Civil Veterinary Department Bihar & Orissa reports 1929-36 - 1929-1936
Year: 1929
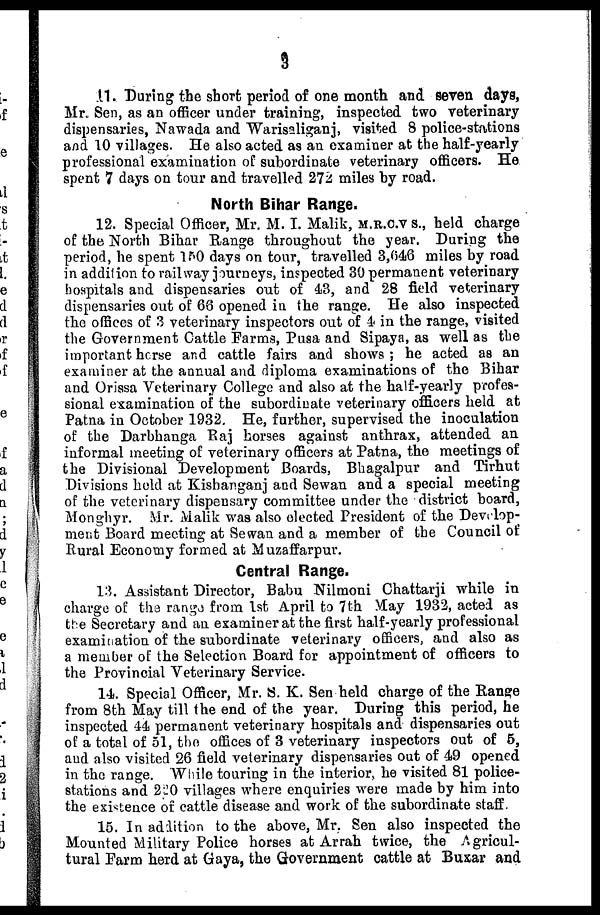
3
11. During the short period of one month, and seven days,
Mr. Sen, as an officer under training, inspected two veterinary-
dispensaries, Nawada and Warisaliganj, visited 8 police-stations
and 10 villages. He also acted as an examiner at the half-yearly
professional examination of subordinate veterinary officers. He
spent 7 days on tour and travelled 272 miles by road.
North Bihar Range.
12. Special Officer, Mr. M. I. Malik, m.r.c.v s., held charge
of the North Bihar Range throughout the year. During the
period, he spent 150 days on tour, travelled 3,646 miles by road
in addition to railway journeys, inspected 30 permanent veterinary
hospitals and dispensaries out of 43, and 28 field veterinary
dispensaries out of 68 opened in the range. He also inspected
the offices of 3 veterinary inspectors out of 4 in the range, visited
the Government Cattle Farms, Pusa and Sipaya, as well as the
important horse and cattle fairs and shows ; he acted as an
examiner at the annual and diploma examinations of the Bihar
and Orissa Veterinary College and also at the half-yearly profes-
sional examination of the subordinate veterinary officers held at
Patna in October 1932. He, further, supervised the inoculation
of the Darbhanga Raj horses against anthrax, attended an
informal meeting of veterinary officers at Patna, the meetings of
the Divisional Development Boards, Bhagalpur and Tirhut
Divisions held at Kisbanganj and Sewan and a special meeting
of the veterinary dispensary committee under the district board,
Monghyr. Mr. Malik was also elected President of the Develop-
ment Board meeting at Sewan and a member of the Council of
Rural Economy formed at Muzaffarpur.
Central Range.
13. Assistant Director, Babu Nilmoni Chattarji while in
charge of the range from 1st April to 7th May 1932, acted as
the Secretary and an examiner at the first half-yearly professional
examination of the subordinate veterinary officers, and also as
a member of the Selection Board for appointment of officers to
the Provincial Veterinary Service.
14. Special Officer, Mr. S. K. Sen held charge of the Range
from 8th May till the end of the year. During this period, he
inspected 44 permanent veterinary hospitals and dispensaries out
of a total of 51, the offices of 3 veterinary inspectors out of 5,
and also visited 26 field veterinary dispensaries out of 49 opened
in the range. While touring in the interior, he visited 81 police-
stations and 220 villages where enquiries were made by him into
the existence of cattle disease and work of the subordinate staff.
15. In addition to the above, Mr. Sen also inspected the
Mounted Military Police horses at Arrah twice, the Agricul-
tural Farm herd at Gaya, the Government cattle at Buxar and